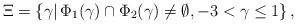
LaTeX: \begin{align*}\begin{aligned}\Xi = \{ \gamma | \, \Phi_1 (\gamma) \cap \Phi_2 (\gamma) \neq \emptyset, - 3 < \gamma \leq 1 \} \,,\end{aligned}\end{align*}